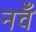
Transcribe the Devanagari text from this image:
नवँ